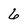
Character: 6